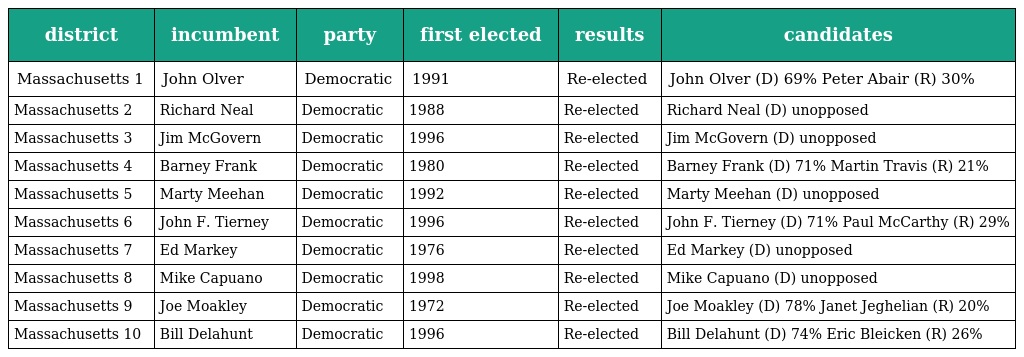
| district | incumbent | party | first elected | results | candidates |
 | --- | --- | --- | --- | --- | --- |
 | Massachusetts 1 | John Olver | Democratic | 1991 | Re-elected | John Olver (D) 69% Peter Abair (R) 30% |
 | Massachusetts 2 | Richard Neal | Democratic | 1988 | Re-elected | Richard Neal (D) unopposed |
 | Massachusetts 3 | Jim McGovern | Democratic | 1996 | Re-elected | Jim McGovern (D) unopposed |
 | Massachusetts 4 | Barney Frank | Democratic | 1980 | Re-elected | Barney Frank (D) 71% Martin Travis (R) 21% |
 | Massachusetts 5 | Marty Meehan | Democratic | 1992 | Re-elected | Marty Meehan (D) unopposed |
 | Massachusetts 6 | John F. Tierney | Democratic | 1996 | Re-elected | John F. Tierney (D) 71% Paul McCarthy (R) 29% |
 | Massachusetts 7 | Ed Markey | Democratic | 1976 | Re-elected | Ed Markey (D) unopposed |
 | Massachusetts 8 | Mike Capuano | Democratic | 1998 | Re-elected | Mike Capuano (D) unopposed |
 | Massachusetts 9 | Joe Moakley | Democratic | 1972 | Re-elected | Joe Moakley (D) 78% Janet Jeghelian (R) 20% |
 | Massachusetts 10 | Bill Delahunt | Democratic | 1996 | Re-elected | Bill Delahunt (D) 74% Eric Bleicken (R) 26% |